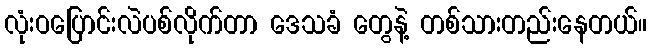
လုံးဝပြောင်းလဲပစ်လိုက်တာ ဒေသခံ တွေနဲ့ တစ်သားတည်းနေတယ်။